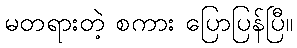
မတရားတဲ့ စကား ပြောပြန်ပြီ။